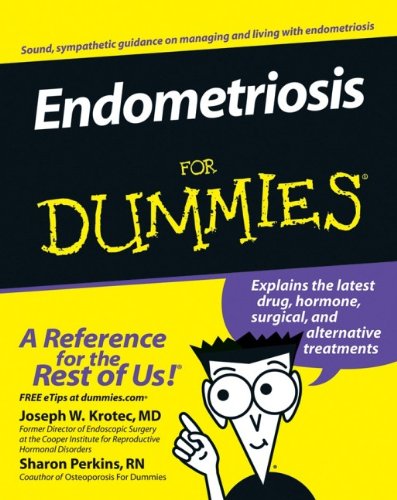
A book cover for Endometriosis For Dummies; Joseph Krotec; Health, Fitness & Dieting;